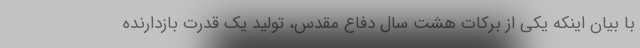
با بیان اینکه یکی از برکات هشت سال دفاع مقدس، تولید یک قدرت بازدارنده